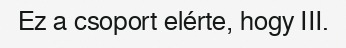
Ez a csoport elérte, hogy III.